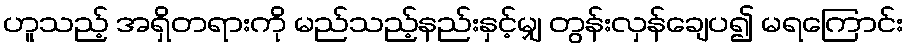
ဟူသည့် အရှိတရားကို မည်သည့်နည်းနှင့်မျှ တွန်းလှန်ချေပ၍ မရကြောင်း